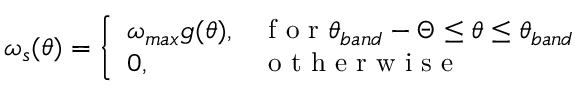
\omega _ { s } ( \theta ) = \left\{ \begin{array} { l l } { \omega _ { m a x } g ( \theta ) , } & { \mathrm { ~ f ~ o ~ r ~ } \theta _ { b a n d } - \Theta \le \theta \le \theta _ { b a n d } } \\ { 0 , } & { \mathrm { ~ o ~ t ~ h ~ e ~ r ~ w ~ i ~ s ~ e ~ } } \end{array} \right.